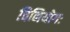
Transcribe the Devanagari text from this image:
विनियोगः